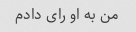
من به او رای دادم